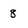
Character: 8